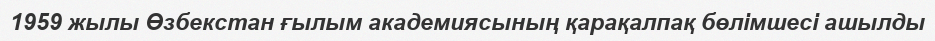
1959 жылы Өзбекстан ғылым академиясының қарақалпақ бөлімшесі ашылды